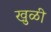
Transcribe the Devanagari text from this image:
खुळी